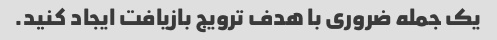
یک جمله ضروری با هدف ترویج بازیافت ایجاد کنید.